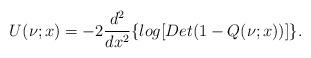
LaTeX: \begin{align*}U(\nu;x)=-2\frac{d^2}{dx^2}\{log[Det(1-Q(\nu;x))]\}.\end{align*}